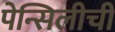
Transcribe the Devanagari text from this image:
पेन्सिलीची